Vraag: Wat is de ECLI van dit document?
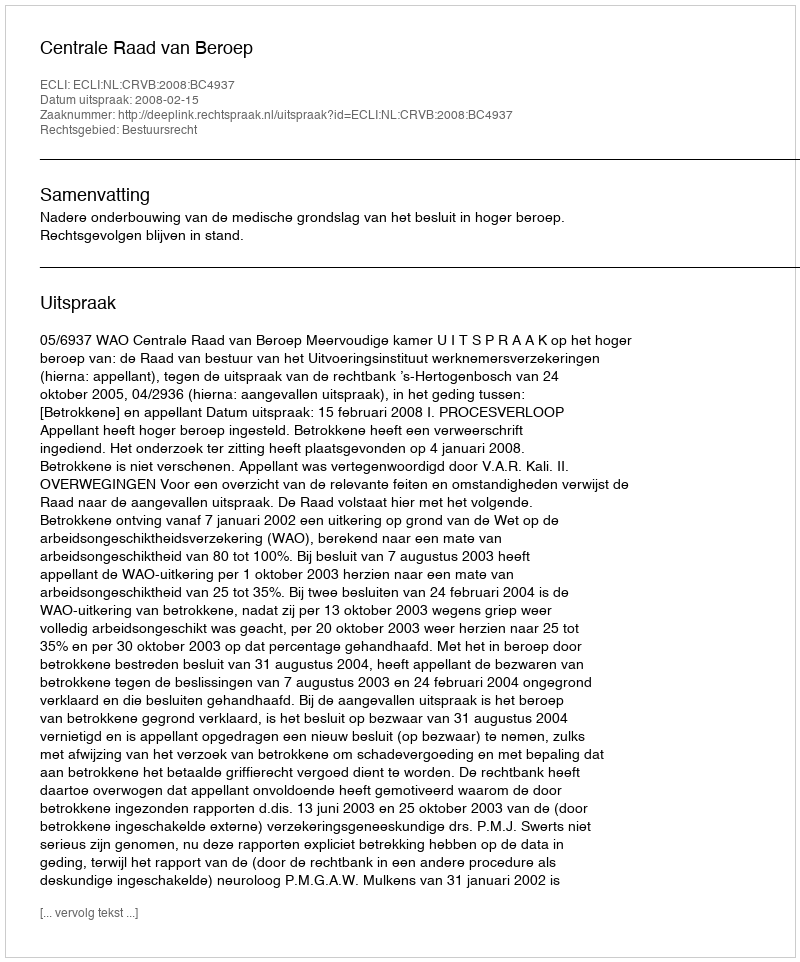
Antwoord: ECLI:NL:CRVB:2008:BC4937